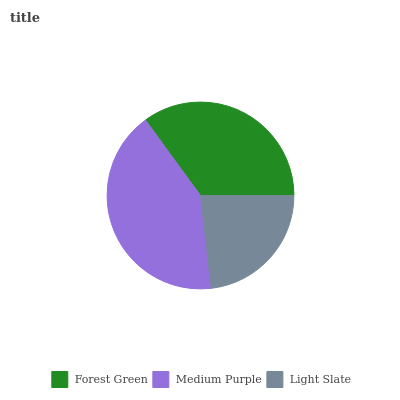
| Forest Green | Medium Purple | Light Slate |
 | --- | --- | --- |
 | 35% | 41.9% | 23.1% |